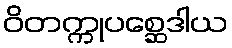
ဝိတက္ကုပစ္ဆေဒါယ